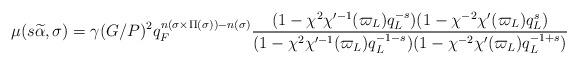
LaTeX: \begin{align*}\mu(s\widetilde{\alpha},\sigma)=\gamma(G/P)^2q_F^{n(\sigma \times \Pi(\sigma))-n(\sigma)}\dfrac{(1-\chi^2\chi'^{-1}(\varpi_L)q_L^{-s})(1-\chi^{-2}\chi'(\varpi_L)q_L^s)}{(1-\chi^2\chi'^{-1}(\varpi_L)q_L^{-1-s})(1-\chi^{-2}\chi'(\varpi_L)q_L^{-1+s})}\end{align*}